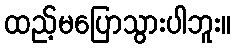
ထည့်မပြောသွားပါဘူး။